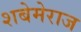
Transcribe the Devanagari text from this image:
शबेमेराज